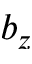
b _ { z }